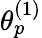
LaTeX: \theta_{p}^{(1)}